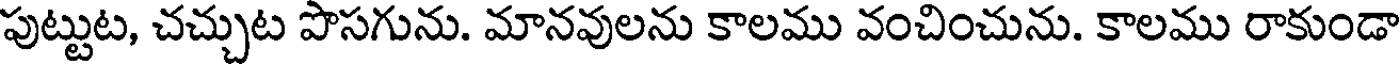
పుట్టుట, చచ్చుట పొసగును. మానవులను కాలము వంచించును. కాలము రాకుండా